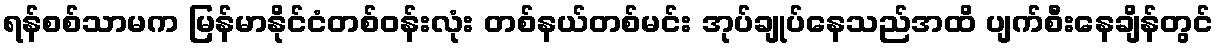
ရန်စစ်သာမက မြန်မာနိုင်ငံတစ်ဝန်းလုံး တစ်နယ်တစ်မင်း အုပ်ချုပ်နေသည်အထိ ပျက်စီးနေချိန်တွင်